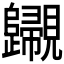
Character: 𧢫